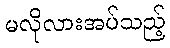
မလိုလားအပ်သည့်